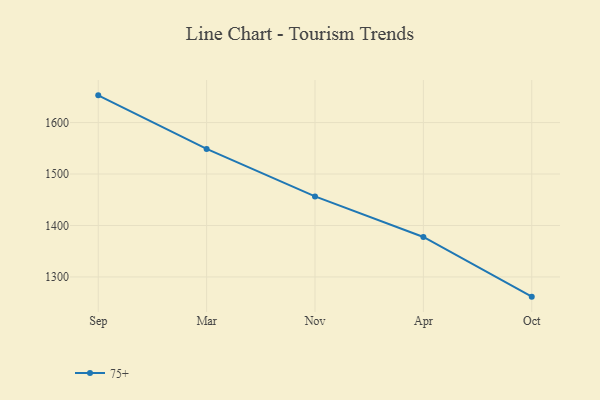
{"axis": {"x": "Month", "y": "Tickets Resolved"}, "legend": ["75+"], "data": [{"x": "Sep", "y": 1652.9, "type": "75+"}, {"x": "Mar", "y": 1548.8, "type": "75+"}, {"x": "Nov", "y": 1456.5, "type": "75+"}, {"x": "Apr", "y": 1377.7, "type": "75+"}, {"x": "Oct", "y": 1261.7, "type": "75+"}]}